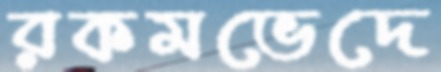
রকমভেদে